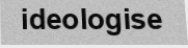
ideologise